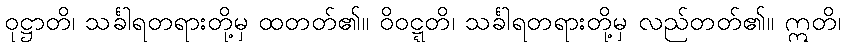
ဝုဋ္ဌာတိ၊ သင်္ခါရတရားတို့မှ ထတတ်၏။ ဝိဝဋ္ဋတိ၊ သင်္ခါရတရားတို့မှ လည်တတ်၏။ ဣတိ၊